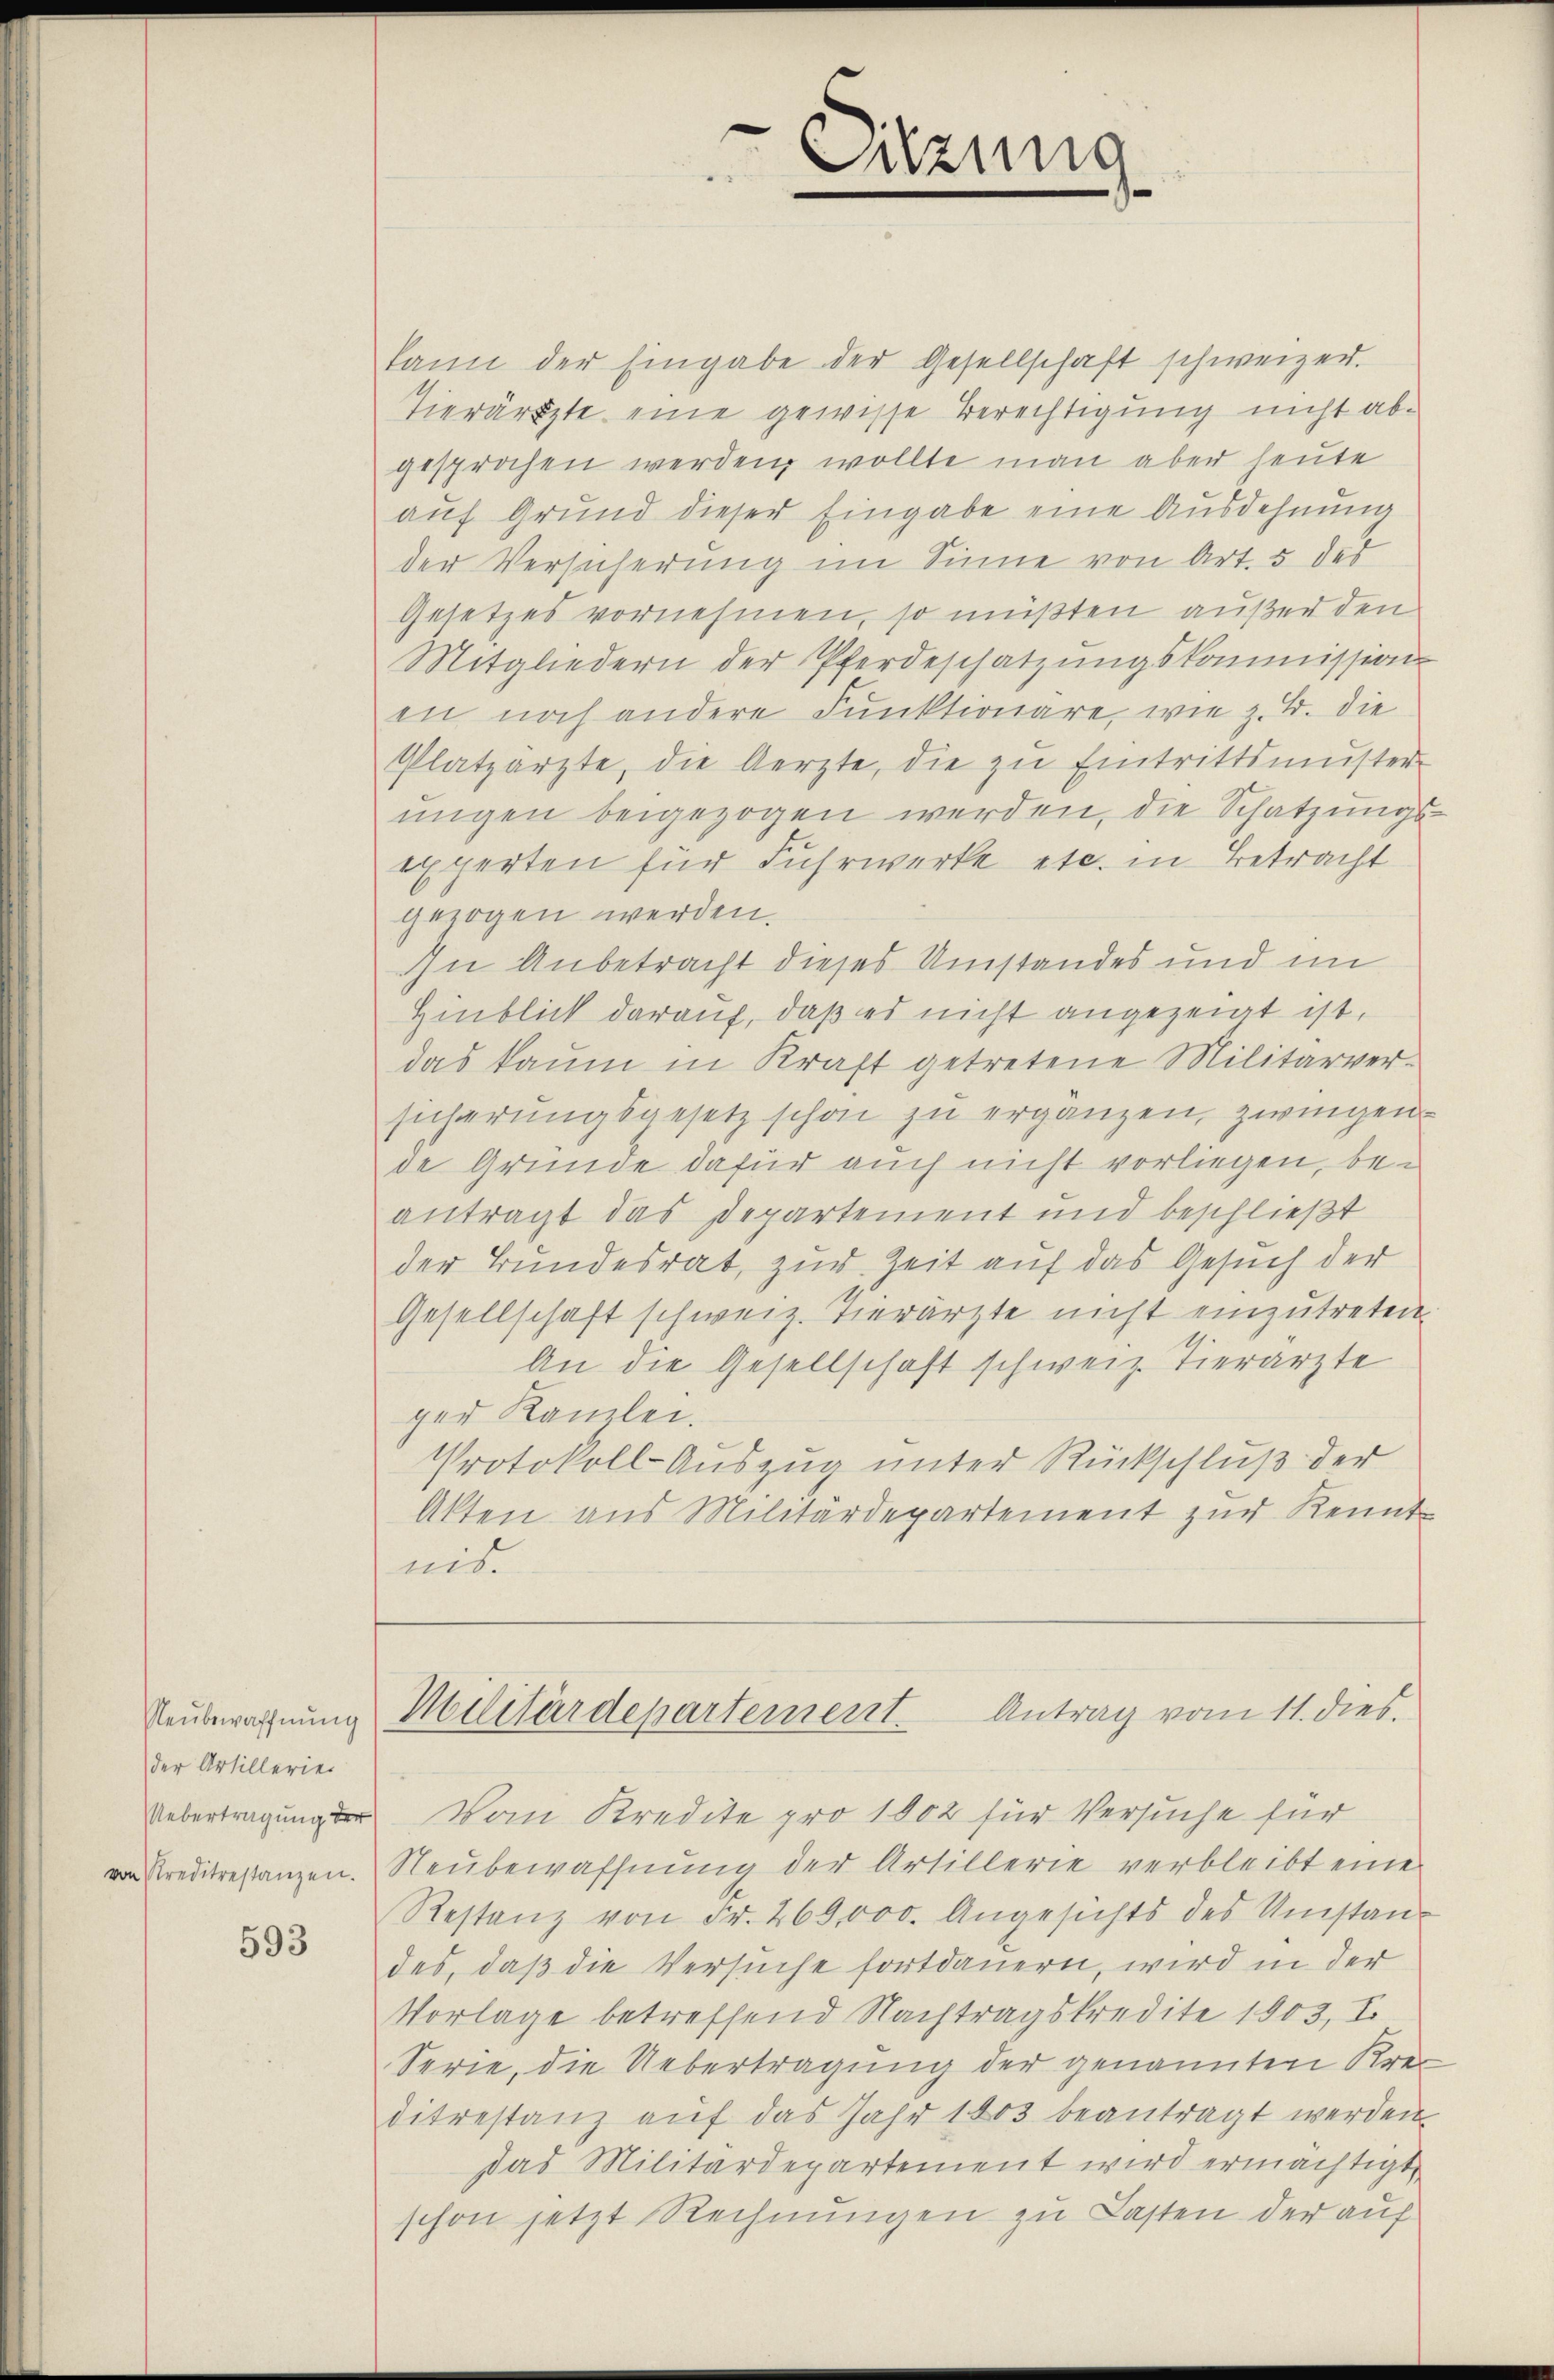
der Artillerie
Uebertragung der

593

kann der Eingabe der Gesellschaft schweizer.
Tierärzte eine gewisse Berechtigung nicht abgesprochen werden wollte man aber heute
auf Grund dieser Eingabe eine Ausdehnung
der Versicherung im Sinne von Art. 5 des
Gesetzes vornehmen, so müßten außer den
Mitgliedern der Pferdeschätzungskommission
en noch andere Funktionäre, wie z. B. die
Platzärzte, die Aerzte, die zŭ Eintrittsmŭster-
ungen beigezogen werden, die Schatzungs
experten für Fuhrwerke etc. in Betracht
gezogen werden.
In Anbetracht dieses Umstandes und im
Hinblick darauf, daß es nicht angezeigt ist,
das kaum in Kraft getretene Militärversicherungsgesetz schon zu ergänzen, zweigen.
de Gründe dafür auch nicht vorliegen, beantragt das Departement und beschließt
der Bundesrat, zur Zeit auf das Gesuch der
Gesellschaft schweiz. Tierärzte nicht einzutreten.
An die Gesellschaft schweiz. Tierärzte
ger Kanzlei.
Protokoll-Auszug unter Rückschluß der
Akten aus Militärdepartement zur Kennt-
mit
Neubewachnung Militärdepartement. Antrag vom 11. dies.
Vom Kredite pro 1802 für Versuche für
 Preditrestanzen. Neubewaffnung der Artillerie verbleibt eine
Restanz von Fr. 269,000. Angesichts des Umstandes, daß die Versuche fortdauern, wird in der
Vorlage betreffend Nachtragskredite 1903, I.
Serie, die Uebertragung der genannten Krei
ditrestanz aŭf das Jahr 1803 beantragt werden.
das Militärdepartement wird ermächtigt,
schon jetzt Rechnungen zu Lasten der auf

Sitzung